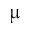
\upmu